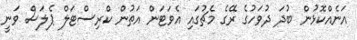
އަނެއްކޮޅުން ބުދަ ދުވަހުގެ ރޭގެ މެޗުގައި އެވަޓަން އަތުން ކްރިސްޓަލް ޕެލަސް ވަނީ